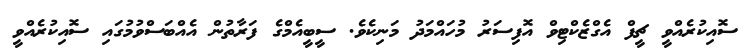
ސޮއިކުރެއްވީ ޗީފް އެގްޒެކްޓިވް އޮފިސަރު މުހައްމަދު މަނިކެވެ. ސީބީއެމްގެ ފަރާތުން އެއްބަސްވުމުގައި ސޮއިކުރެއްވީ